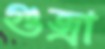
গুজ্‌রা